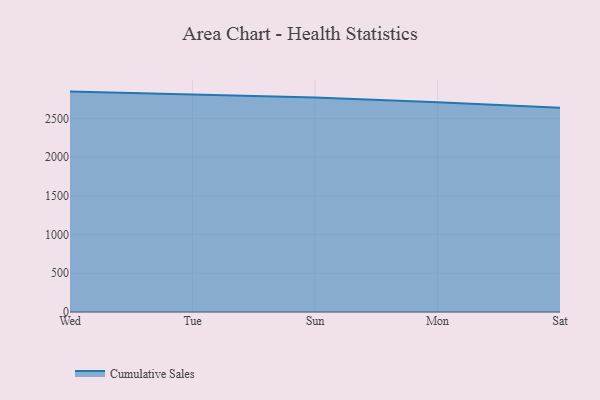
{"axis": {"x": "Day", "y": "Inventory Turnover"}, "legend": ["Cumulative Sales"], "data": [{"x": "Wed", "y": 2846.7, "type": "Cumulative Sales"}, {"x": "Tue", "y": 2806.3, "type": "Cumulative Sales"}, {"x": "Sun", "y": 2772.0, "type": "Cumulative Sales"}, {"x": "Mon", "y": 2709.4, "type": "Cumulative Sales"}, {"x": "Sat", "y": 2638.6, "type": "Cumulative Sales"}]}